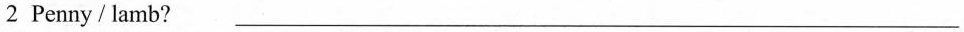
2 Penny / lamb? ___